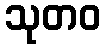
သုတဝ